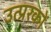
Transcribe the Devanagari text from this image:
उत्प्ररकों